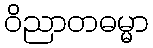
ဝိညာတဓမ္မာ